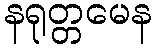
နရုတ္တမေန